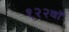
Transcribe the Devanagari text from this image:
१२२वॉ